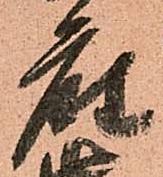
座